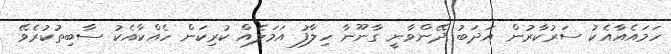
ހަމައެއާއެކު ސަރުކާރުން އަދަބު ދޭންވާނީ ގާނޫނާ ހިލާފު އަމަލެއް ކުރިކަން ހެއްކާއެކު ސާބިތުކުރެވޭ